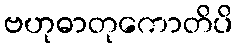
ဗဟုဓာတုကောတိပိ